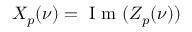
X _ { p } ( \nu ) = \mathrm { ~ I ~ m ~ } ( Z _ { p } ( \nu ) )